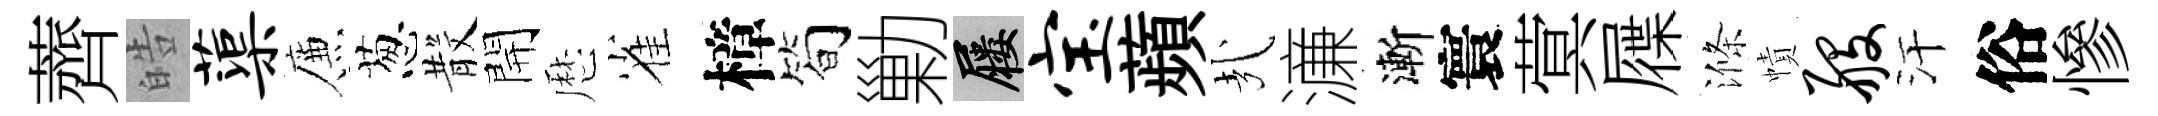
薺皓蕖簾葱𣪚開厯雀樟简勦屨宝蘋㢤濓漸寰蓂屧滌幘般汗俗慘